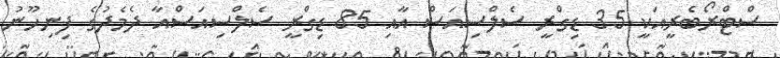
ސްޓްރޯބެރީއަކީ 35 ޑިގްރީ ސެލްސިއަސް އާއި 85 ޑިގްރީ ސެލްސިއަސްއާ ދެމެދުގެ ފިނިހޫނު